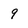
Character: 9